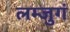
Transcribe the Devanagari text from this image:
लम्जुगं